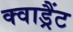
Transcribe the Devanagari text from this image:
क्वाड्रैंट